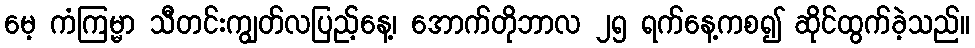
မေ့ ကံကြမ္မာ သီတင်းကျွတ်လပြည့်နေ့၊ အောက်တိုဘာလ ၂၅ ရက်နေ့ကစ၍ ဆိုင်ထွက်ခဲ့သည်။